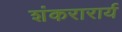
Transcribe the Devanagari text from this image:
शंकरारार्य